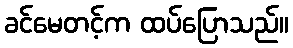
ခင်မေတင့်က ထပ်ပြောသည်။